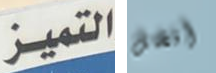
التميز أفضل